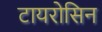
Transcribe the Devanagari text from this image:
टायरोसिन